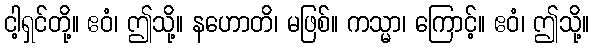
ငါ့ရှင်တို့။ ဧဝံ၊ ဤသို့။ နဟောတိ၊ မဖြစ်။ ကသ္မာ၊ ကြောင့်။ ဧဝံ၊ ဤသို့။